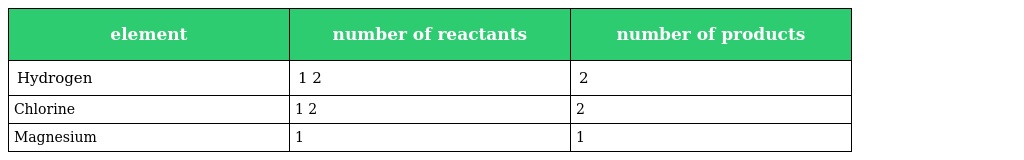
| element | number of reactants | number of products |
 | --- | --- | --- |
 | Hydrogen | 1 2 | 2 |
 | Chlorine | 1 2 | 2 |
 | Magnesium | 1 | 1 |